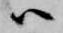
ハ